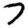
Digit: 7